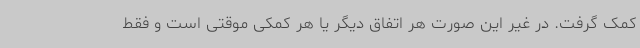
کمک گرفت. در غیر این صورت هر اتفاق دیگر یا هر کمکی موقتی است و فقط